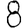
Digit: 8